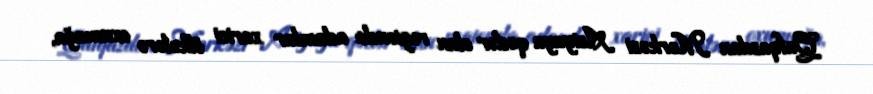
Qafqazdan Mərkəzi Asiyaya qədər olan regionda adamlar xarici ölkələrə oxumağa,